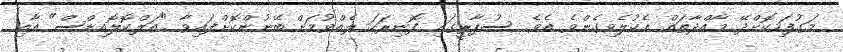
މަގުފަހިކޮށްދޭ މާއްދާތައް އެކުލެވިގެންވެ އެވެ. ސުޕާރީގައި ފޮނިރަހަ ލެއްވުމަށް ބޭނުންކޮށްފައިވާ "އަލްކޮލޮއިޑްސް" އާއި